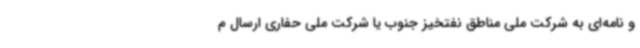
و نامه‌ای به شرکت ملی مناطق نفتخیز جنوب یا شرکت ملی حفاری ارسال م